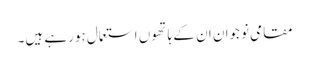
مقامی نوجوان ان کے ہاتھوں استعمال ہورہے ہیں۔